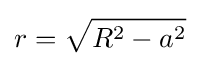
r={\sqrt {R^{2}-a^{2}}}